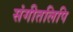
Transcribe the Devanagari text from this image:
संगीतलिपि